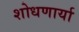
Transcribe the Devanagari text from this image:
शोधणार्या